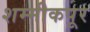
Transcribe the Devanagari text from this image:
शम्मीकपूर